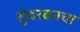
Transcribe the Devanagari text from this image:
सुंदरबनचा